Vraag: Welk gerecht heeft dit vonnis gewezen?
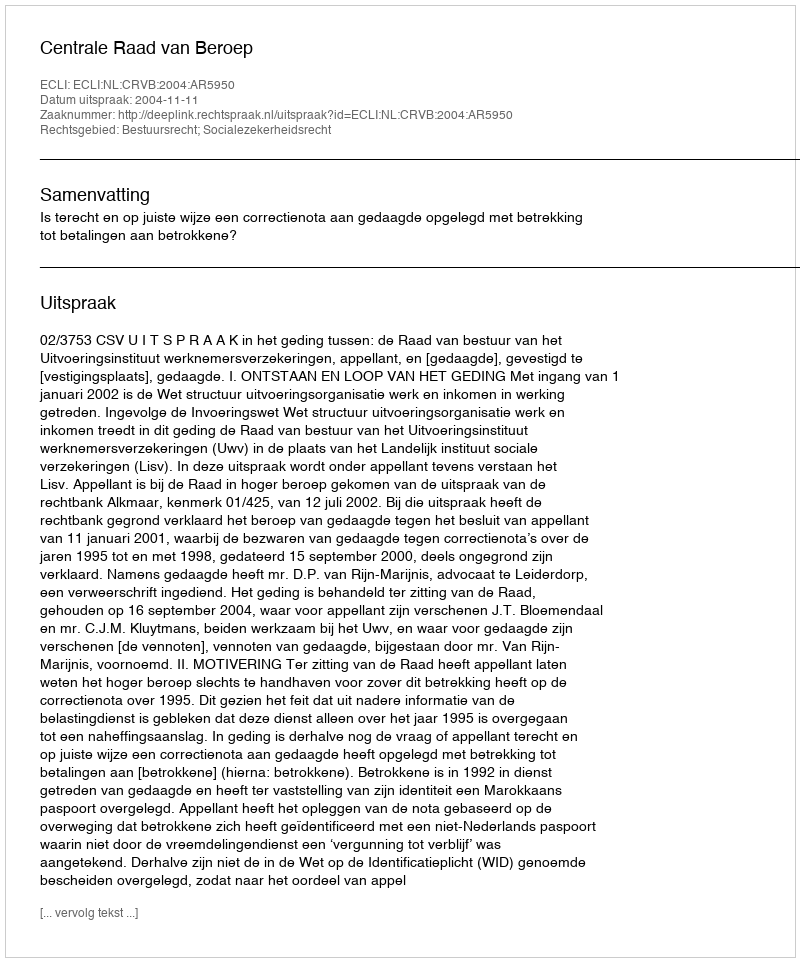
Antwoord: Centrale Raad van Beroep